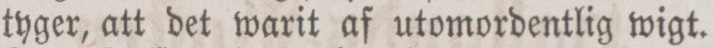
tyger, att det warit af utomordentlig wigt.